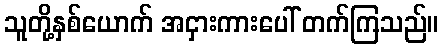
သူတို့နှစ်ယောက် အငှားကားပေါ် တက်ကြသည်။